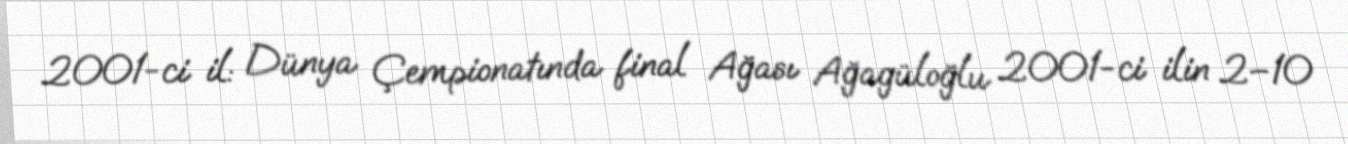
2001-ci il: Dünya Çempionatında final Ağası Ağagüloğlu 2001-ci ilin 2–10